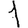
Digit: 1